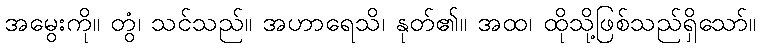
အမွေးကို။ တွံ၊ သင်သည်။ အဟာရေသိ၊ နုတ်၏။ အထ၊ ထိုသို့ဖြစ်သည်ရှိသော်။